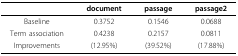
<table><thead><tr><td></td><td><b>document</b></td><td><b>passage</b></td><td><b>passage2</b></td></tr></thead><tbody><tr><td>Baseline</td><td>0.3752</td><td>0.1546</td><td>0.0688</td></tr><tr><td>Term association</td><td>0.4238</td><td>0.2157</td><td>0.0811</td></tr><tr><td>Improvements</td><td>(12.95%)</td><td>(39.52%)</td><td>(17.88%)</td></tr></tbody></table>